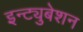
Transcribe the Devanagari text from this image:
इन्ट्युबेशन